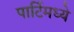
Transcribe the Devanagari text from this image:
पार्टिमध्ये